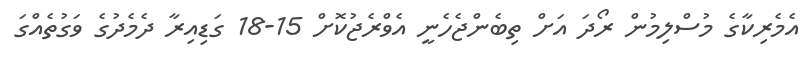
އެމެރިކާގެ މުސްލިމުންް ރޯދަ އަށް ތިބެންޖެހެނީ އެވްރެޖުކޮށް 15-18 ގަޑިއިރާ ދެމެދުގެ ވަގުތެއްގަ